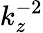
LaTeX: k_{z}^{-2}